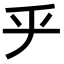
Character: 𠂟